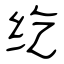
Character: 纥